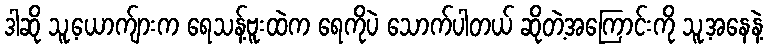
ဒါဆို သူ့ယောက်ျားက ရေသန့်ဗူးထဲက ရေကိုပဲ သောက်ပါတယ် ဆိုတဲ့အကြောင်းကို သူ့အနေနဲ့